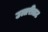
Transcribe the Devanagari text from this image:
उत्तरीतट